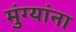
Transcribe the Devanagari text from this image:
मुंग्यांना